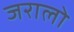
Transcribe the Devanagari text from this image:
जरालो